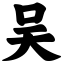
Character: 吴